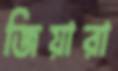
জিয়ারা